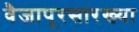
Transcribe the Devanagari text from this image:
वैजापूरसारख्या